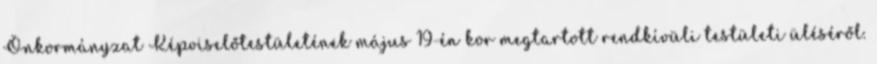
Önkormányzat Képviselőtestületének május 19-én kor megtartott rendkívüli testületi üléséről.